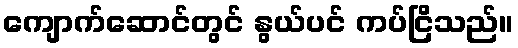
ကျောက်ဆောင်တွင် နွယ်ပင် ကပ်ငြိသည်။